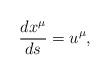
LaTeX: \begin{align*}\frac{dx^\mu }{ds}=u^\mu , \end{align*}